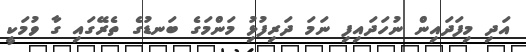
އަދި މިފަދައިން ނުހަދައިފި ނަމަ ދަރިފުޅިު މަންމަގެ ބަނޑުގެ ތެރޭގައި ގާ ވުމަކީ